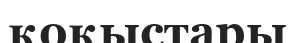
қоқыстары